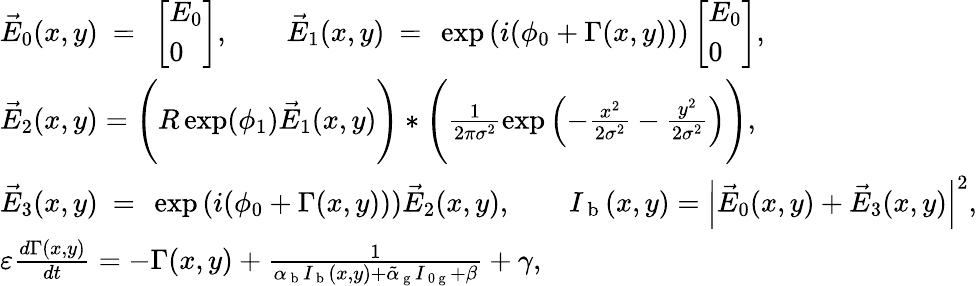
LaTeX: \begin{array}{l}{\vec{E}_{0}(x,y)~=~\left[\begin{array}{l}{E_{0}}\\ {0}\end{array}\right],\quad\quad\vec{E}_{1}(x,y)~=~\exp\left(i(\phi_{0}+\Gamma(x,y))\right)\left[\begin{array}{l}{E_{0}}\\ {0}\end{array}\right],}\\ {\vec{E}_{2}(x,y)=\Bigg(R\exp(\phi_{1})\vec{E}_{1}(x,y)\Bigg)\ast\Bigg(\frac{1}{2\pi\sigma^{2}}\exp\left(-\frac{x^{2}}{2\sigma^{2}}-\frac{y^{2}}{2\sigma^{2}}\right)\Bigg),}\\ {\vec{E}_{3}(x,y)~=~\exp\left(i(\phi_{0}+\Gamma(x,y))\right)\vec{E}_{2}(x,y),\quad\quad I_{\mathrm{~b~}}(x,y)=\left|\vec{E}_{0}(x,y)+\vec{E}_{3}(x,y)\right|^{2},}\\ {\varepsilon\frac{d\Gamma(x,y)}{dt}=-\Gamma(x,y)+\frac{1}{\alpha_{\mathrm{~b~}}I_{\mathrm{~b~}}(x,y)+\tilde{\alpha}_{\mathrm{~g~}}I_{\mathrm{~0~g~}}+\beta}+\gamma,}\end{array}